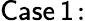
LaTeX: \mathsf{Case\, 1\! :}